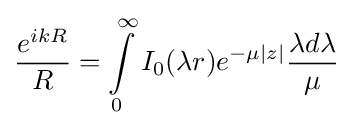
{\frac {e^{ikR}}{R}}=\int \limits _{0}^{\infty }I_{0}(\lambda r)e^{-\mu \left|z\right|}{\frac {\lambda d\lambda }{\mu }}